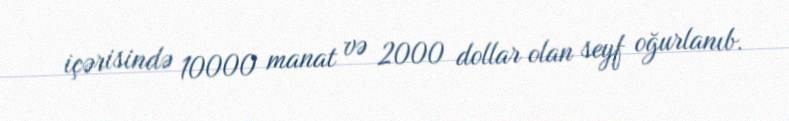
içərisində 10000 manat və 2000 dollar olan seyf oğurlanıb.